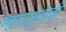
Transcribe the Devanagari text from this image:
म्हाताऱ्याशी